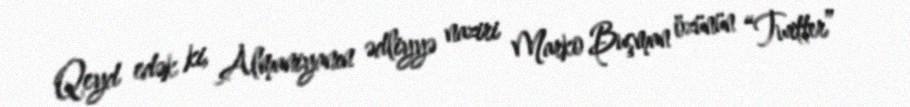
Qeyd edək ki, Almaniyanın ədliyyə naziri Marko Buşman özünün “Twitter”